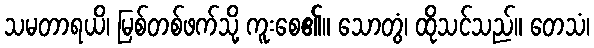
သမတာရယိ၊ မြစ်တစ်ဖက်သို့ ကူးစေ၏။ သောတွံ၊ ထိုသင်သည်။ တေသံ၊